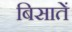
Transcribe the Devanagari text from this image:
बिसातें